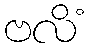
ဗလိံ